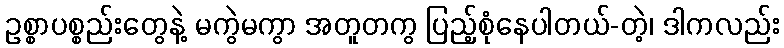
ဥစ္စာပစ္စည်းတွေနဲ့ မကွဲမကွာ အတူတကွ ပြည့်စုံနေပါတယ်-တဲ့၊ ဒါကလည်း